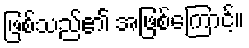
ဖြစ်သည်၏ အဖြစ်ကြောင့်။